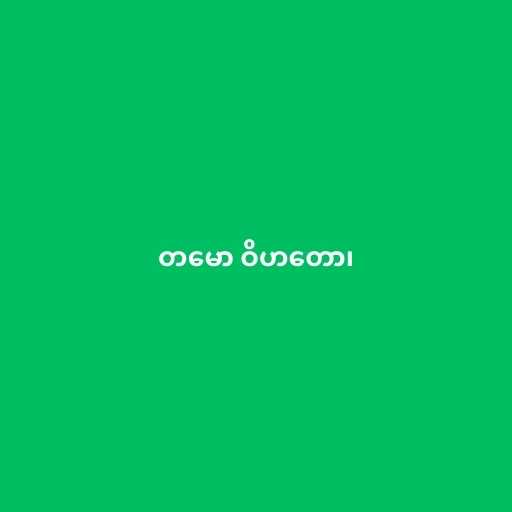
တမော ဝိဟတော၊